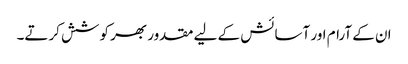
ان کے آرام اور آسائش کے لیے مقدور بھر کوشش کرتے۔